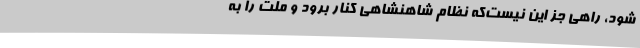
شود، راهی‌ جز این‌ نیست‌که‌ نظام‌ شاهنشاهی‌ کنار برود و ملت‌ را به‌